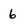
Character: 6